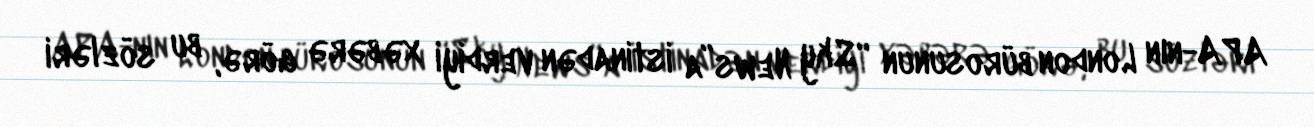
APA-nın London bürosunun “Sky News”a istinadən verdiyi xəbərə görə, bu sözləri